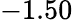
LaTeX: -1.50